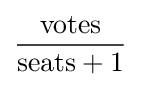
{\text{votes}} \over {{\text{seats}}+1}